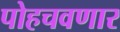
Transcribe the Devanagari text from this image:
पोहचवणार